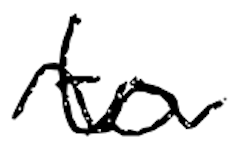
Text: to
Cross-out: wave
Writing tool: digital_black